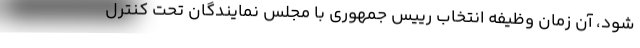
شود، آن زمان وظیفه انتخاب رییس جمهوری با مجلس نمایندگان تحت کنترل